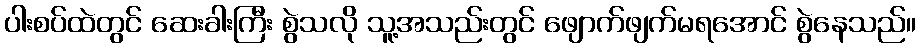
ပါးစပ်ထဲတွင် ဆေးခါးကြီး စွဲသလို သူ့အသည်းတွင် ဖျောက်ဖျက်မရအောင် စွဲနေသည်။